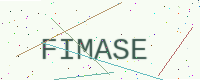
Text: FIMASE